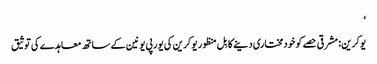
‘
یوکرین: مشرقی حصے کو خودمختاری دینے کا بِل منظور یوکرین کی یورپی یونین کے ساتھ معاہدے کی توثیق